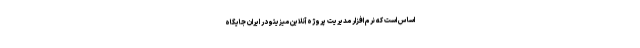
اساس است که نرم افزار مدیریت پروژه آنلاین میزیتو در ایران جایگاه